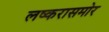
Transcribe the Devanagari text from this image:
लष्करासमोर